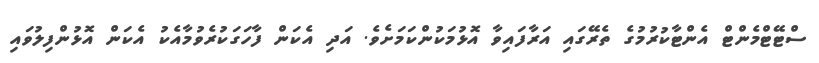
ސްޓޭޓްމެންޓް އެންޓާކުރުމުގެ ތެރޭގައި އަރާފައިވާ އޮޅުމަކުންކަމަށެވެ. އަދި އެކަން ފާހަގަކުރެވުމާއެކު އެކަން އޮޅުންފިލުވައި